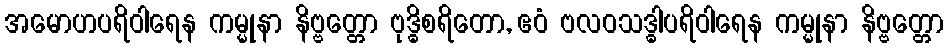
အမောဟပရိဝါရေန ကမ္မုနာ နိဗ္ဗတ္တော ဗုဒ္ဓိစရိတော, ဧဝံ ဗလဝသဒ္ဓါပရိဝါရေန ကမ္မုနာ နိဗ္ဗတ္တော